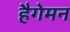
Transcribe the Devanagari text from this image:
हैगेमन